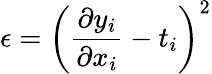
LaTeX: \epsilon=\left(\frac{\partial y_{i}}{\partial x_{i}}-t_{i}\right)^{2}